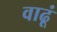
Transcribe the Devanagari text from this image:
वाढूं